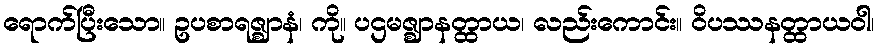
ရောက်ပြီးသော။ ဥပစာရဇ္ဈာနံ၊ ကို။ ပဌမဇ္ဈာနတ္ထာယ၊ လည်းကောင်း။ ဝိပဿနတ္ထာယဝါ၊